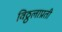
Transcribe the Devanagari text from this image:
विठ्ठलाप्रती